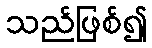
သည်ဖြစ်၍